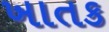
ખાતક